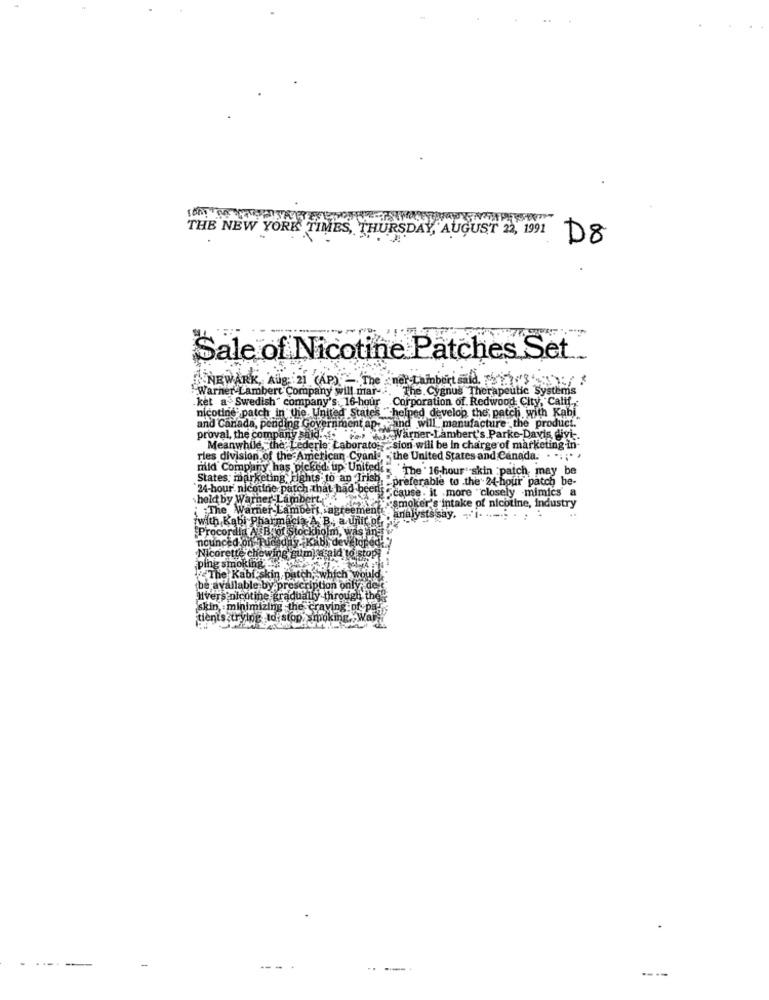
THE NEW YORK TIMES, THURSDAY, AUGUST 22, 1991
D8
Sale of Nicotine Patches Set ..
NEWARK, Aug 21 (AP) - The Ener Lambert said, HEM?'
Warner Lambert Company will mar -. The Cygnus Therapeutic Systems
ket a Swedish" company's. 16-hour
Corporation of. Redwood City, Calif
nicotine patch in the United States " helped develop the patch with Kabi
and Canada, pending Government apreand will manufacture the product.
proval, the companysaid ...
ner-Lambert's Parke-Davis, divi -.
Meanwhile, the Lederle Laborato: - sion will be In charge of marketing in-
ries division of the American Cyani ,- the United States and Canada. . .... .
mild Company has picked up United.
The ' 16-hour" skin :patch, may be
States: marketing Fights to an Irish.
preferable to .the 24-hour patch be-
"24-hour. nicotine patch that had been
Scause . it more "closely mimics' a
held by Warner-Lambert .....
"The Warner Lambert, agreement smoker's intake of nicotine, Industry
with Kabi Pharmacis A B. a.Unite. . analysts say. '
with Kabi Pharm
Procordia A Boot Stockholm, was an
nounced ons
osday. Kabl deveto
Nicorette che
stopy
ping smoking
The Kabi skin, patch, which w
tbe available by prescription only.
Hivers nicotine gradually through the
`skin, minimizing the craving of p
tients trying to stop smoking. Wall
-
-
---
----